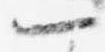
一